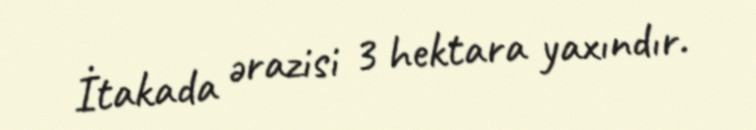
İtakada ərazisi 3 hektara yaxındır.